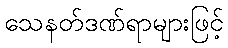
သေနတ်ဒဏ်ရာများဖြင့်